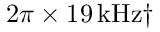
2 \pi \times 1 9 \, \mathrm { k H z } \dagger